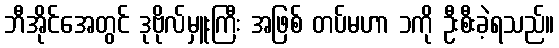
ဘီအိုင်အေတွင် ဒုဗိုလ်မှူးကြီး အဖြစ် တပ်မဟာ ၁ကို ဦးစီးခဲ့ရသည်။